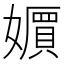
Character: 𡣧